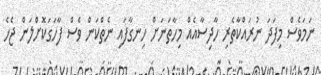
ނަމަވެސް މިފަދަ ނުރައްކާތެރި ހާދިސާއެއް މިހާތަނަށް ހިނގާފައި ނެތްކަން ވެސް ފާހަގަކޮށްލަން ޖެހެ